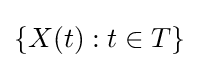
\{X(t):t\in T\}